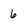
Character: 6